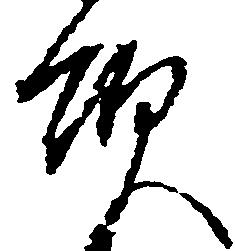
領